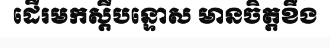
ដើរមកស្តីបន្ទោស មានចិត្តខឹង